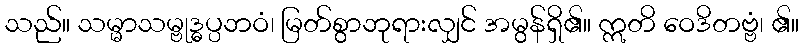
သည်။ သမ္မာသမ္ဗုဒ္ဓပ္ပဘဝံ၊ မြတ်စွာဘုရားလျှင် အမွန်ရှိ၏။ ဣတိ ဝေဒိတဗ္ဗံ၊ ၏။